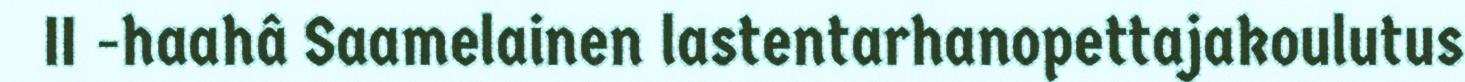
II -haahâ Saamelainen lastentarhanopettajakoulutus